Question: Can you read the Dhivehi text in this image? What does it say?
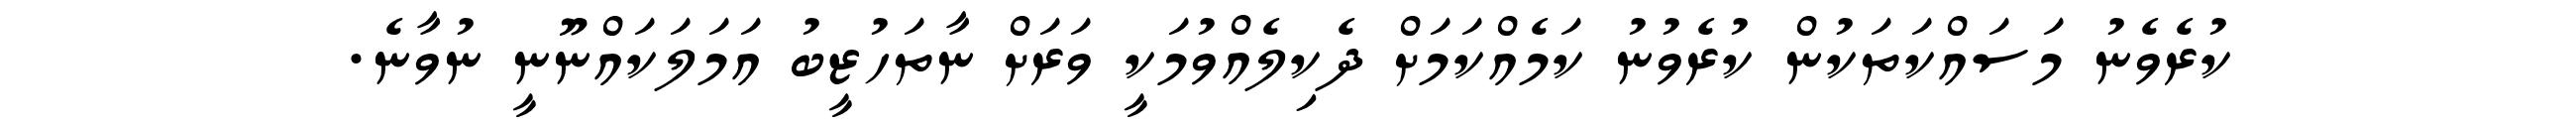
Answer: ކުރެވެނު މަސައްކަތަކުން ކުރެވުނު ކަމެއްކަމަށް ދެކިލެއްވުމަކީ ވަރަށް ނާތަހުޒީބު އަމަލަކައްނޫނީ ނުވާނެ.